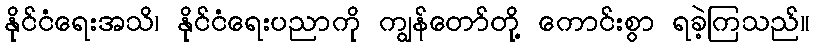
နိုင်ငံရေးအသိ၊ နိုင်ငံရေးပညာကို ကျွန်တော်တို့ ကောင်းစွာ ရခဲ့ကြသည်။